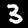
Digit: 3